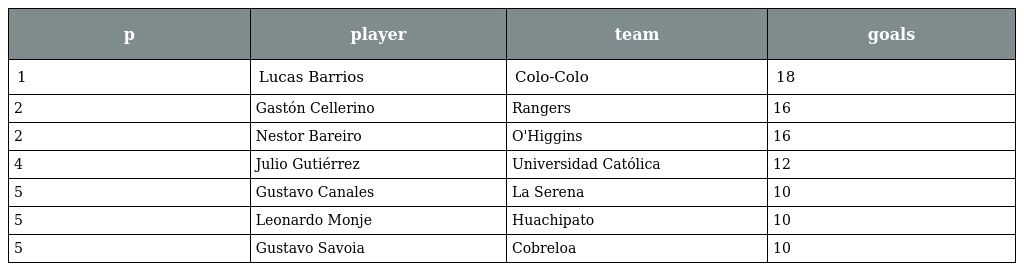
| p | player | team | goals |
 | --- | --- | --- | --- |
 | 1 | Lucas Barrios | Colo-Colo | 18 |
 | 2 | Gastón Cellerino | Rangers | 16 |
 | 2 | Nestor Bareiro | O'Higgins | 16 |
 | 4 | Julio Gutiérrez | Universidad Católica | 12 |
 | 5 | Gustavo Canales | La Serena | 10 |
 | 5 | Leonardo Monje | Huachipato | 10 |
 | 5 | Gustavo Savoia | Cobreloa | 10 |